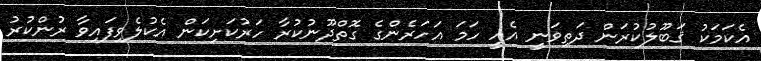
އެކަމަކު ޤަބޫލުކުރަން ދަތިވަނީ އެއީ ހަމަ އަހަރެންގެ ގޮތްދޫނުކުރާ ހަރުކަށިކަން އެކުލެވިފައިވާ ރުންކުރު